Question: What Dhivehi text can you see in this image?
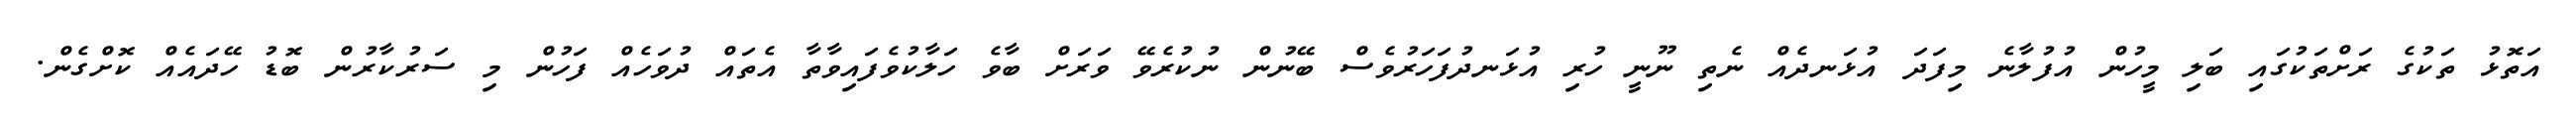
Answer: އަތޮޅު ތަކުގެ ރަށްތަކުގައި ބަލި މީހުން އުފުލާނެ މިފަދަ އުޅަނދެއް ނެތި ނޫނީ ހުރި އުޅަނދުފަހަރުވެސް ބޭނުން ނުކުރެވޭ ވަރަށް ބާވެ ހަލާކުވެފައިވާތާ އެތައް ދުވަހެއް ފަހުން މި ސަރުކާރުން ބޮޑު ހޭދައެއް ކޮށްގެން.